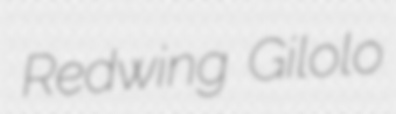
Redwing Gilolo